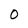
Character: O